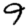
Digit: 9